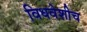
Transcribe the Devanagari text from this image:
विधवेशीच